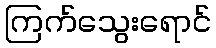
ကြက်သွေးရောင်